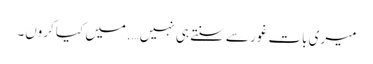
میری بات غور سے سنتے ہی نہیں….میں کیا کروں۔